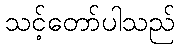
သင့်တော်ပါသည်